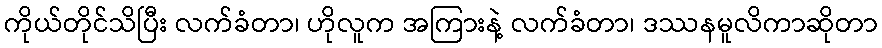
ကိုယ်တိုင်သိပြီး လက်ခံတာ၊ ဟိုလူက အကြားနဲ့ လက်ခံတာ၊ ဒဿနမူလိကာဆိုတာ